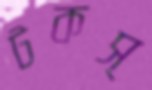
টকস্